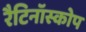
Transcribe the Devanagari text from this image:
रैटिनॉस्कोप